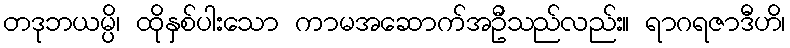
တဒုဘယမ္ပိ၊ ထိုနှစ်ပါးသော ကာမအဆောက်အဦသည်လည်း။ ရာဂရဇာဒီဟိ၊